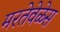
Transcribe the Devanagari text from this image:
मरतेवेळेस